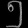
Digit: ၅